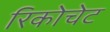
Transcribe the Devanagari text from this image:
रिकोचेट